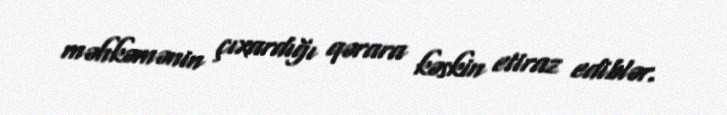
məhkəmənin çıxardığı qərara kəskin etiraz ediblər.